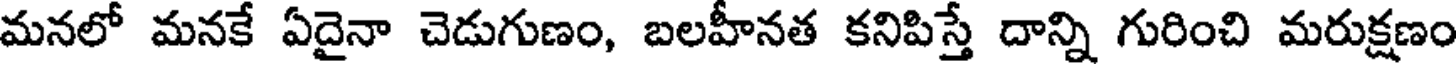
మనలో మనకే ఏదైనా చెడుగుణం, బలహీనత కనిపిస్తే దాన్ని గురించి మరుక్షణం